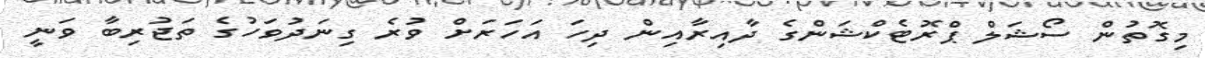
މިގޮތުން ސޯޝަލް ޕްރޮޓެކްޝަންގެ ދާއިރާއިން ދިހަ އަހަރަށް ވުރެ ގިނަދުވަހުގެ ތަޖުރިބާ ވަނީ